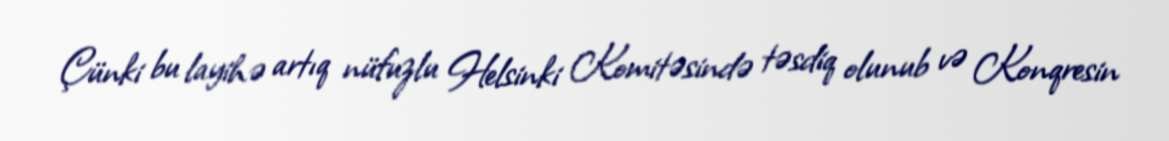
Çünki bu layihə artıq nüfuzlu Helsinki Komitəsində təsdiq olunub və Konqresin